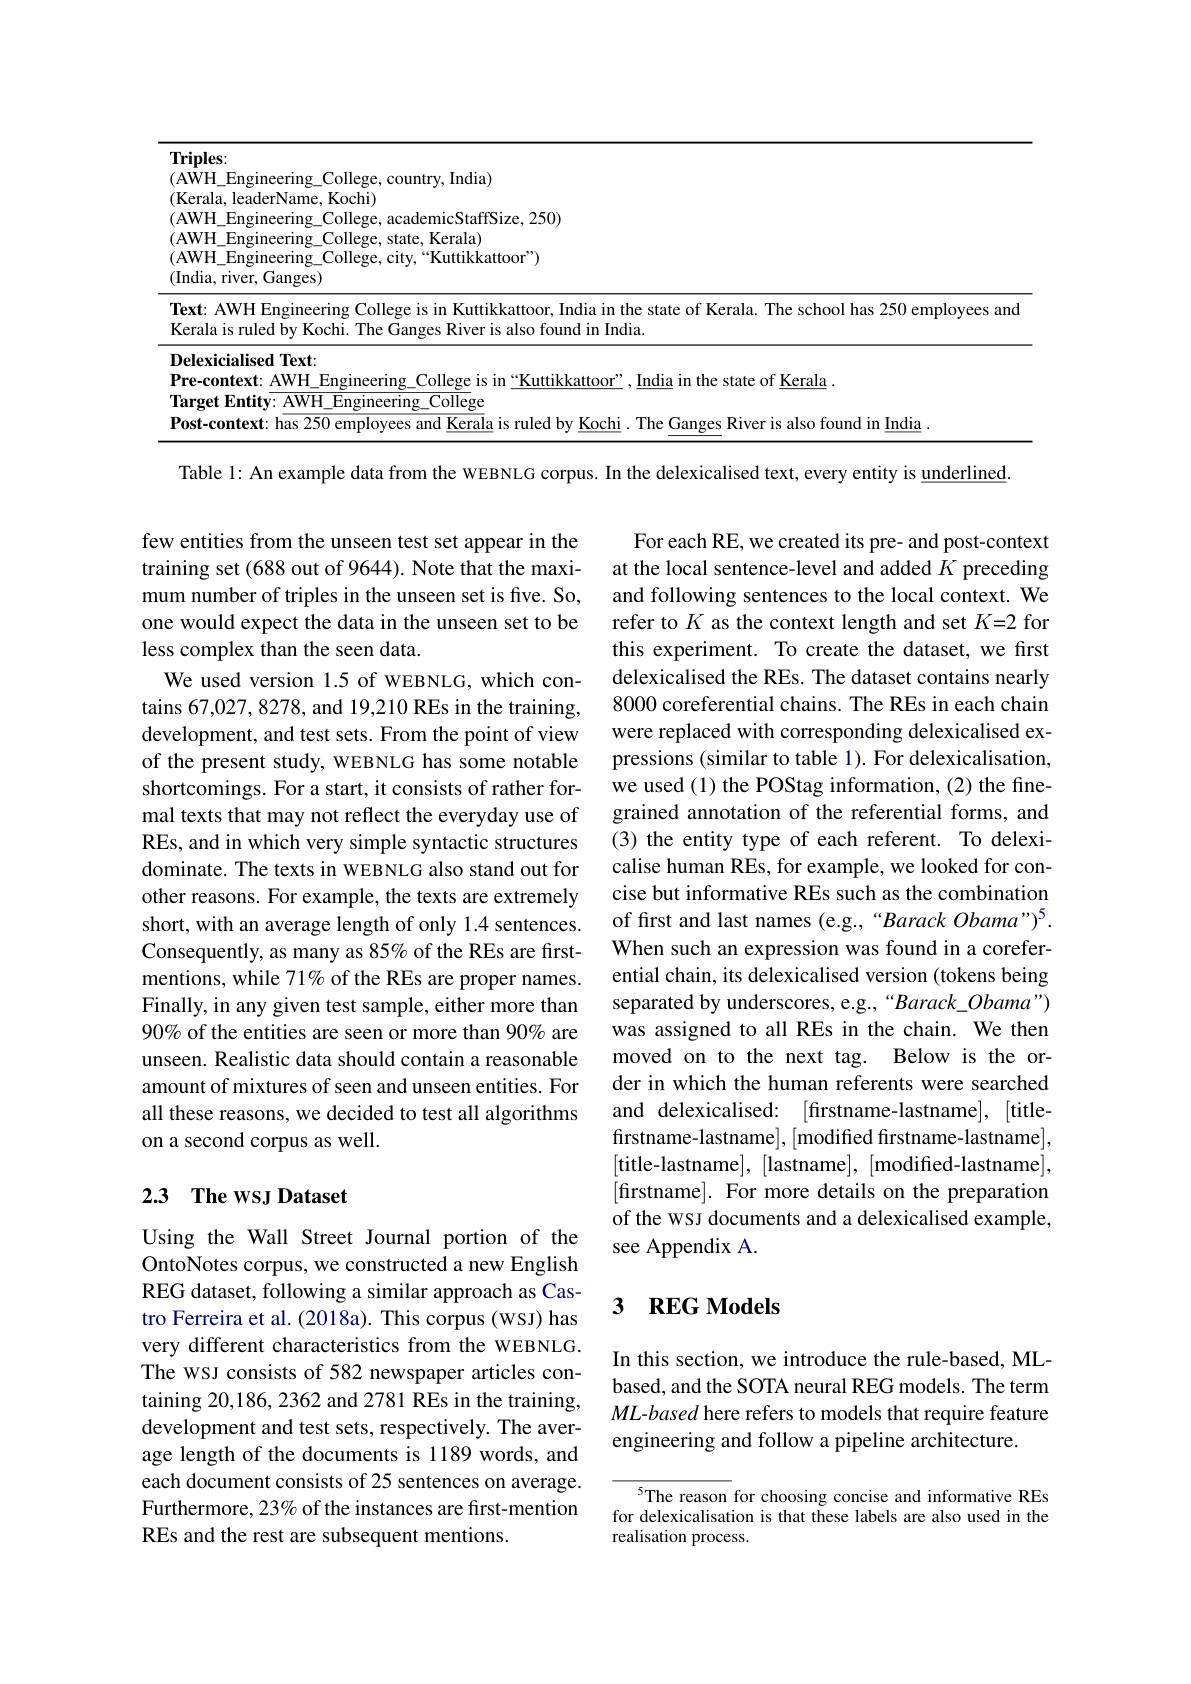
<table>
	<tbody>
		<tr>
			<td>$\mathbf{Triples:}$</td>
			<td>$Ti$ $\mathbf{I}$</td>
			<td> </td>
		</tr>
		<tr>
			<td>(AWH\_Engineering\_College, country, India) (AWH\_Engineering\_College, academicStaffSize, 250) (Kerala, leaderName, Kochi) (AWH\_Engineering\_College, state, Kerala) (AWH\_Engineering\_College, city,“Kuttikkattoor”) (India, river, Ganges)</td>
			<td> </td>
			<td>$\Xi$ngineering\_College, country, India) leaderName, Kochi) $\Xi$ngineering\_College, academicStaffSize, 250) $\Xi$ngineering\_College, state, Kerala) $\Xi$ngineering\_College, city,“Kuttikkattoor") iver, Ganges)</td>
		</tr>
		<tr>
			<td>Text: AWH Engineering College is in Kuttikkattoor, India in the state of Kerala. The school has 250 emp Kerala is ruled by Kochi. The Ganges River is also found in India</td>
			<td>$Te$ K</td>
			<td>WH Engineering College is in Kuttikkattoor, India in the state of Kerala. The school has 250 employees ano ;ruled by Kochi. The Ganges River is also found in India</td>
		</tr>
		<tr>
			<td>$\textbf{Delexicialised Text: }$</td>
			<td>$D_{1}$</td>
			<td>$\mathbf{alised}\mathbf{Text}$</td>
		</tr>
		<tr>
			<td>Pre-context·AWH F Kuttukkatto India in the state of Keral</td>
			<td>$\mathbf{P}$ $\Upsilon$ 1</td>
			<td> $\Delta W+$ Indua in the state ot Kerala</td>
		</tr>
		<tr>
			<td>laroet Entitv $r^{* }$ $AWH$ 11 $\overline{{\mathrm{Engineering~College}}}$</td>
			<td>$Ti$ $\mathbf{a}$</td>
			<td>$AWH$ 1 $\overline{{\mathrm{Engineering~College}}}$</td>
		</tr>
		<tr>
			<td>Tost.confevt. ges River is also found in India</td>
			<td>$P.$ ${^{\prime}(1)}$</td>
			<td>Tanges River is also found in India</td>
		</tr>
	</tbody>
</table>

Table 1: An example data from the WEBNLG corpus. In the delexicalised text, every entity is underlined.

few entities from the unseen test set appear in the training set (688 out of 9644). Note that the maximum number of triples in the unseen set is five. So, one would expect the data in the unseen set to be less complex than the seen data.
We used version 1.5 of WEBNLG, which contains 67,027,8278, and 19,210 REs in the training, development, and test sets. From the point of view of the present study, WEBNLG has some notable shortcomings. For a start, it consists of rather formal texts that may not reflect the everyday use of REs, and in which very simple syntactic structures dominate. The texts in WEBNLG also stand out for other reasons. For example, the texts are extremely short, with an average length of only 1.4 sentences. Consequently, as many as 85% of the REs are first- When such an expression was found in a corefer-
mentions, while 71% of the REs are proper names. Finally, in any given test sample, either more than 90% of the entities are seen or more than 90% are unseen. Realistic data should contain a reasonable amount of mixtures of seen and unseen entities. For all these reasons, we decided to test all algorithms on a second corpus as well.

For each RE, we created its pre- and post-context at the local sentence-level and added $K$ preceding and following sentences to the local context. We refer to $K$ as the context length and set $K=2$ for this experiment. To create the dataset, we first delexicalised the REs. The dataset contains nearly 8000 coreferential chains. The REs in each chain were replaced with corresponding delexicalised expressions (similar to table 1). For delexicalisation, we used (1) the POStag information, (2) the finegrained annotation of the referential forms, and (3) the entity type of each referent. To delexicalise human REs, for example, we looked for concise but informative REs such as the combination of first and last names (e.g.,“Barack Obama")$^5.$ ential chain, its delexicalised version (tokens being separated by underscores, e.g., “Barack\_Obama") was assigned to all REs in the chain. We then moved on to the next tag. Below is the order in which the human referents were searched and delexicalised: [firstname-lastname], [titlefirstname-lastname],[modifed firstname- lastname], [title-lastname], [lastname], [modified-lastname], [firstname]. For more details on the preparation of the wsJ documents and a delexicalised example, see Appendix A.

## 2.3 The wsJ Dataset

## 3 REG Models

Using the Wall Street Journal portion of the OntoNotes corpus, we constructed a new English REG dataset, following a similar approach as Castro Ferreira et al. (2018a). This corpus (wsJ) has very different characteristics from the WEBNLG. The wsJ consists of 582 newspaper articles containing 20,186, 2362 and 2781 REs in the training, development and test sets, respectively. The average length of the documents is 1189 words, and each document consists of 25 sentences on average. Furthermore, 23% of the instances are first-mention REs and the rest are subsequent mentions.

In this section, we introduce the rule-based, MLbased, and the SOTA neural REG models. The term ML-based here refers to models that require feature engineering and follow a pipeline architecture.

5The reason for choosing concise and informative REs for delexicalisation is that these labels are also used in the realisation process.